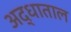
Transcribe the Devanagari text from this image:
अद्धाताल